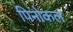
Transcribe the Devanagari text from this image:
पिनोकल